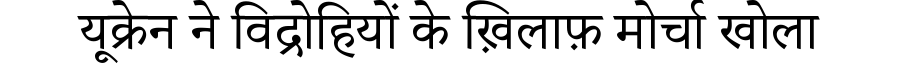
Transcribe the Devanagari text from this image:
यूक्रेन ने विद्रोहियों के ख़िलाफ़ मोर्चा खोला